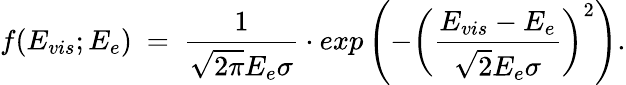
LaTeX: {\displaystyle f(E_{vis};E_{e})~=~{\frac{1}{\sqrt{2\pi}E_{e}\sigma}}\cdot exp\left(-\left({\frac{E_{vis}-E_{e}}{\sqrt{2}E_{e}\sigma}}\right)^{2}\right)}.